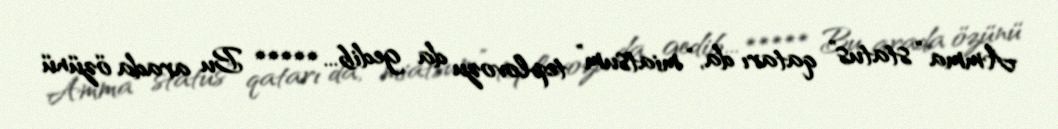
Amma “status” qatarı da, “miatsum” teplovozu da gedib... ***** Bu arada özünü